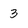
Character: 3